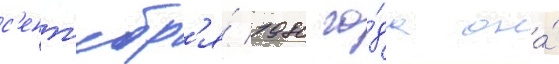
с'ент'ябр'я́ 1980 го́да она́